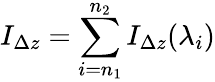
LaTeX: I_{\Delta z}=\sum_{i=n_{1}}^{n_{2}}{I_{\Delta z}(\lambda_{i})}